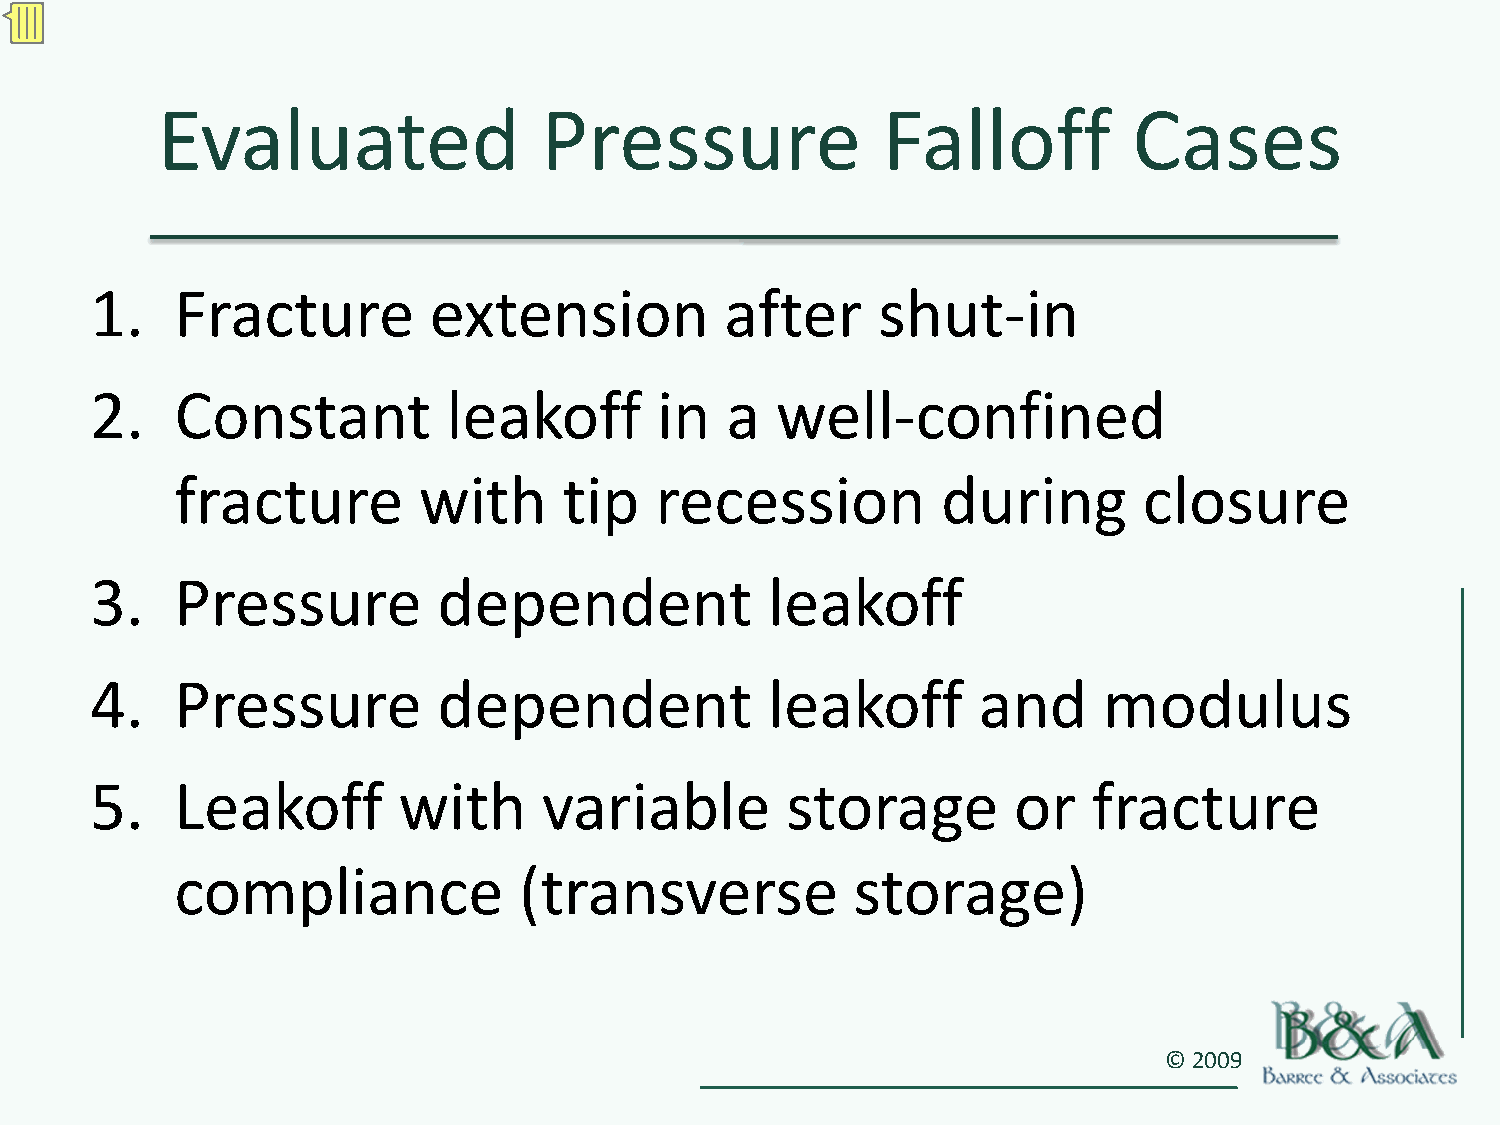
Evaluated                 Pressure              Falloff          Cases
 1.    Fracture        extension           after     shut‐in
 2.    Constant          leakoff      in   a  well‐confined
 fracture        with     tip   recession          during        closure
 3.    Pressure         dependent             leakoff
 4.    Pressure         dependent             leakoff       and     modulus
 5.    Leakoff       with      variable        storage        or   fracture
 compliance            (transverse           storage)
 © 2009